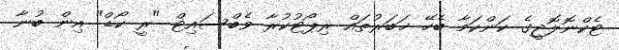
ޓެކްނޮލޮޖީގެ ކަންކަމާ ބެހޭ ޚަބަރުތައް ރިޕޯޓުކުރާ ވެބްސައިޓް "ރީ ކޯޑް" އިން ބުނާ